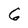
Character: 6